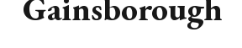
Gainsborough